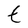
Character: t